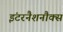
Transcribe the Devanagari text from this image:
इंटरनैशनौक्स